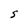
Character: S